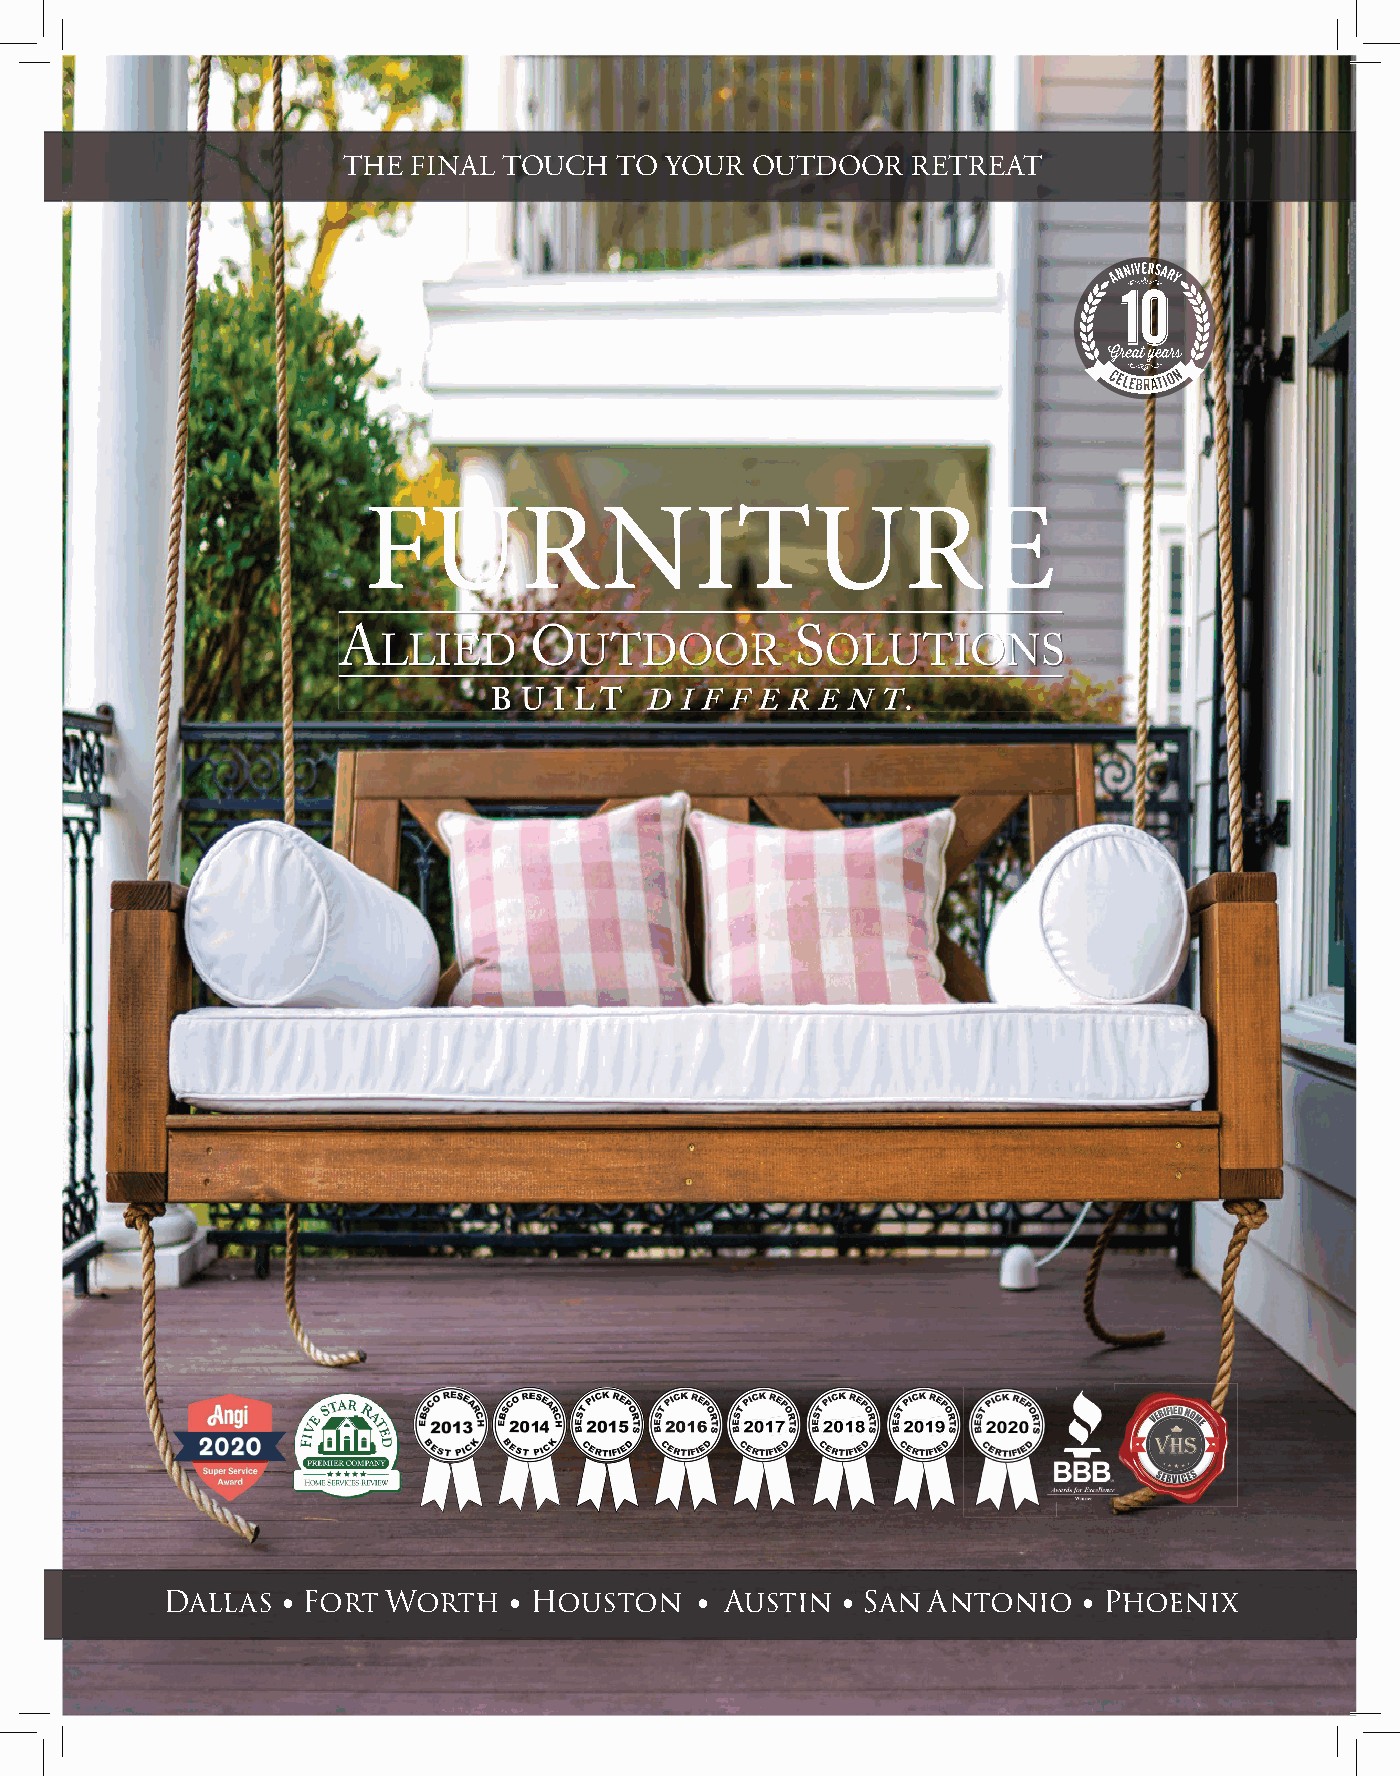
THE FINAL TOUCH   TO YOUR  OUTDOOR   RETREAT
 FURNITURE
 Dallas ∙ Fort Worth    ∙ Houston   ∙ Austin  ∙ San Antonio  ∙ Phoenix